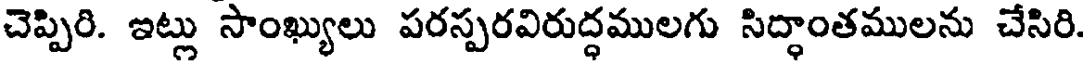
చెప్పిరి. ఇట్లు సాంఖ్యులు పరస్పరవిరుద్ధములగు సిద్ధాంతములను చేసిరి